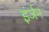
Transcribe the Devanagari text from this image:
इंर्जन